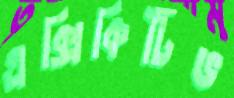
এক্সিকিটিভ